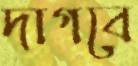
দাগবে